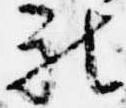
被